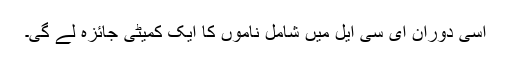
اسی دوران ای سی ایل میں شامل ناموں کا ایک کمیٹی جائزہ لے گی۔